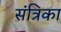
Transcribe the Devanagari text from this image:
संत्रिका